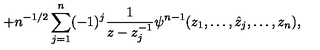
+ n ^ { - 1 / 2 } \sum _ { j = 1 } ^ { n } ( - 1 ) ^ { j } \frac 1 { z - z _ { j } ^ { - 1 } } \psi ^ { n - 1 } ( z _ { 1 } , \ldots , \hat { z } _ { j } , \ldots , z _ { n } ) ,